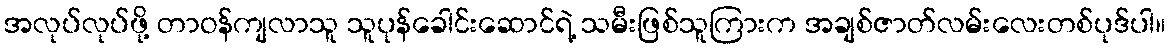
အလုပ်လုပ်ဖို့ တာဝန်ကျလာသူ သူပုန်ခေါင်းဆောင်ရဲ့ သမီးဖြစ်သူကြားက အချစ်ဇာတ်လမ်းလေးတစ်ပုဒ်ပါ။